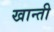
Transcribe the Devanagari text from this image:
खान्ती